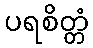
ပရစိတ္တံ